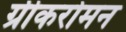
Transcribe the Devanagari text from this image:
ग्रीकरोमन